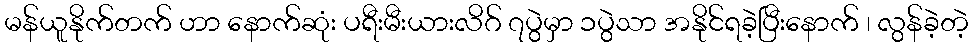
မန်ယူနိုက်တက် ဟာ နောက်ဆုံး ပရီးမီးယားလိဂ် ၇ပွဲမှာ ၁ပွဲသာ အနိုင်ရခဲ့ပြီးနောက် ၊ လွန်ခဲ့တဲ့